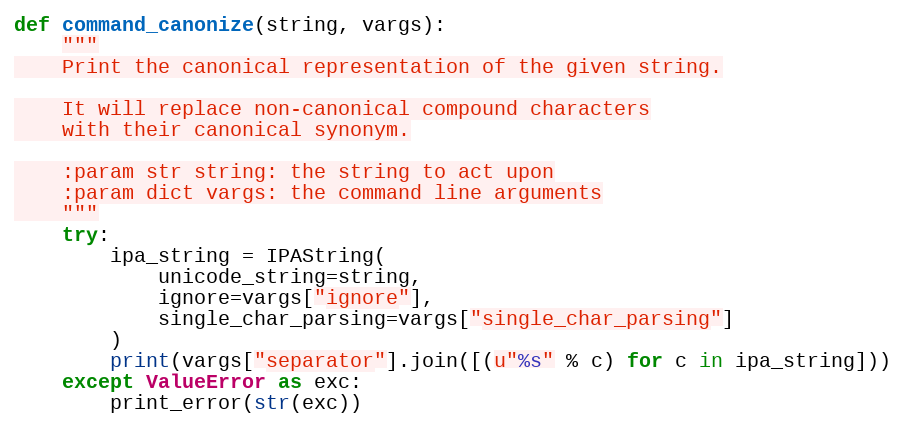
Language: Python
def command_canonize(string, vargs):
    """
    Print the canonical representation of the given string.

    It will replace non-canonical compound characters
    with their canonical synonym.

    :param str string: the string to act upon
    :param dict vargs: the command line arguments
    """
    try:
        ipa_string = IPAString(
            unicode_string=string,
            ignore=vargs["ignore"],
            single_char_parsing=vargs["single_char_parsing"]
        )
        print(vargs["separator"].join([(u"%s" % c) for c in ipa_string]))
    except ValueError as exc:
        print_error(str(exc))